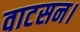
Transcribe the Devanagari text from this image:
वाटसन।